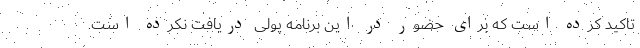
تاکید کرده است که برای حضور در این برنامه پولی دریافت نکرده است.